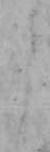
う